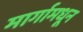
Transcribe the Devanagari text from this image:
मार्गामधून